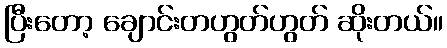
ပြီးတော့ ချောင်းတဟွတ်ဟွတ် ဆိုးတယ်။